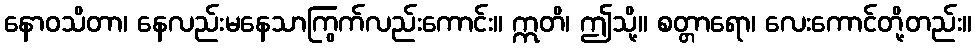
နောဝသိတာ၊ နေလည်းမနေသာကြွက်လည်းကောင်း။ ဣတိ၊ ဤသို့။ စတ္တာရော၊ လေးကောင်တို့တည်း။